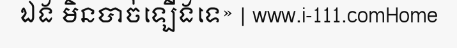
ឯង មិនបាច់ឡើងទេ» | www.i-111.comHome